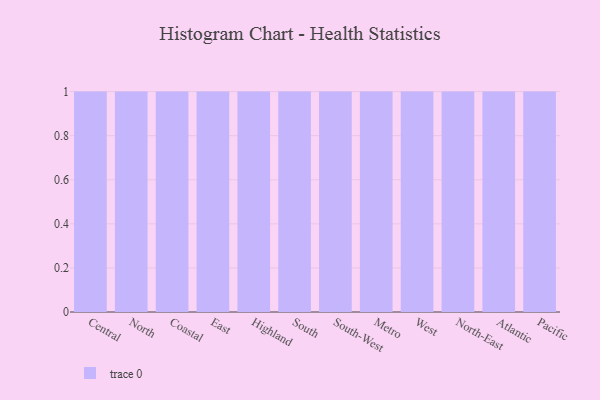
{"axis": {"x": "Region", "y": "Production Output"}, "legend": [""], "data": [{"x": "Central", "y": 85, "type": ""}, {"x": "North", "y": 12, "type": ""}, {"x": "Coastal", "y": 44, "type": ""}, {"x": "East", "y": 76, "type": ""}, {"x": "Highland", "y": 83, "type": ""}, {"x": "South", "y": 48, "type": ""}, {"x": "South-West", "y": 59, "type": ""}, {"x": "Metro", "y": 89, "type": ""}, {"x": "West", "y": 86, "type": ""}, {"x": "North-East", "y": 37, "type": ""}, {"x": "Atlantic", "y": 46, "type": ""}, {"x": "Pacific", "y": 95, "type": ""}]}